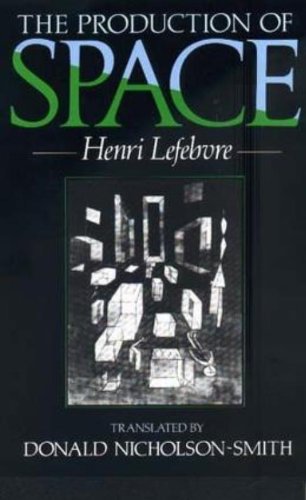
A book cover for The Production of Space; Henri Lefebvre; Politics & Social Sciences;